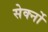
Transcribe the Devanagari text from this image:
सेर्क्नो